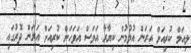
ލިއަމް ކުރިއަށް އަރަން އުޅުމުން ކިޔާރާ އަވަސް އަވަހަށް ކުރިއަށް އަރަން ދޮރުގައި